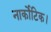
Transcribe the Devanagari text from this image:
नार्कोटिक।